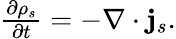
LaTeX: \begin{array}{r}{\frac{\partial\rho_{s}}{\partial t}=-\nabla\cdot\mathbf{j}_{s}.}\end{array}